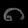
Digit: ၈